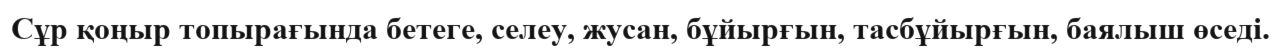
Сұр қоңыр топырағында бетеге, селеу, жусан, бұйырғын, тасбұйырғын, баялыш өседі.